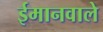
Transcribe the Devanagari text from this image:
ईमानवाले